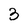
Character: 3